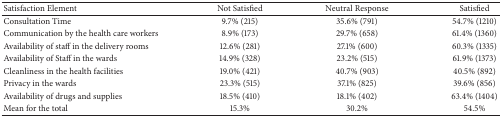
| Satisfaction Element | Not Satisfied | Neutral Response | Satisfied |
 | --- | --- | --- | --- |
 | Consultation Time | 9.7% (215) | 35.6% (791) | 54.7% (1210) |
 | Communication by the health care workers | 8.9% (173) | 29.7% (658) | 61.4% (1360) |
 | Availability of staff in the delivery rooms | 12.6% (281) | 27.1% (600) | 60.3% (1335) |
 | Availability of Staff in the wards | 14.9% (328) | 23.2% (515) | 61.9% (1373) |
 | Cleanliness in the health facilities | 19.0% (421) | 40.7% (903) | 40.5% (892) |
 | Privacy in the wards | 23.3% (515) | 37.1% (825) | 39.6% (856) |
 | Availability of drugs and supplies | 18.5% (410) | 18.1% (402) | 63.4% (1404) |
 | Mean for the total | 15.3% | 30.2% | 54.5% |